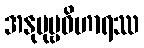
အနုပုဗ္ဗဝိဟာရဿ